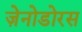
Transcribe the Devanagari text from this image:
ज़ेनोडोरस